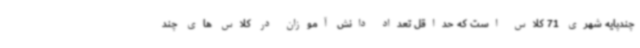
چندپایه شهری 71 کلاس است که حداقل تعداد دانش آموزان در کلاس های چند